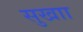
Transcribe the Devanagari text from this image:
सुखाा